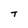
Character: T